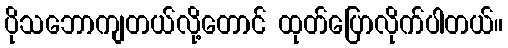
ပိုသဘောကျတယ်လို့တောင် ထုတ်ပြောလိုက်ပါတယ်။